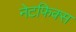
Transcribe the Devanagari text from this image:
नेटफिक्स